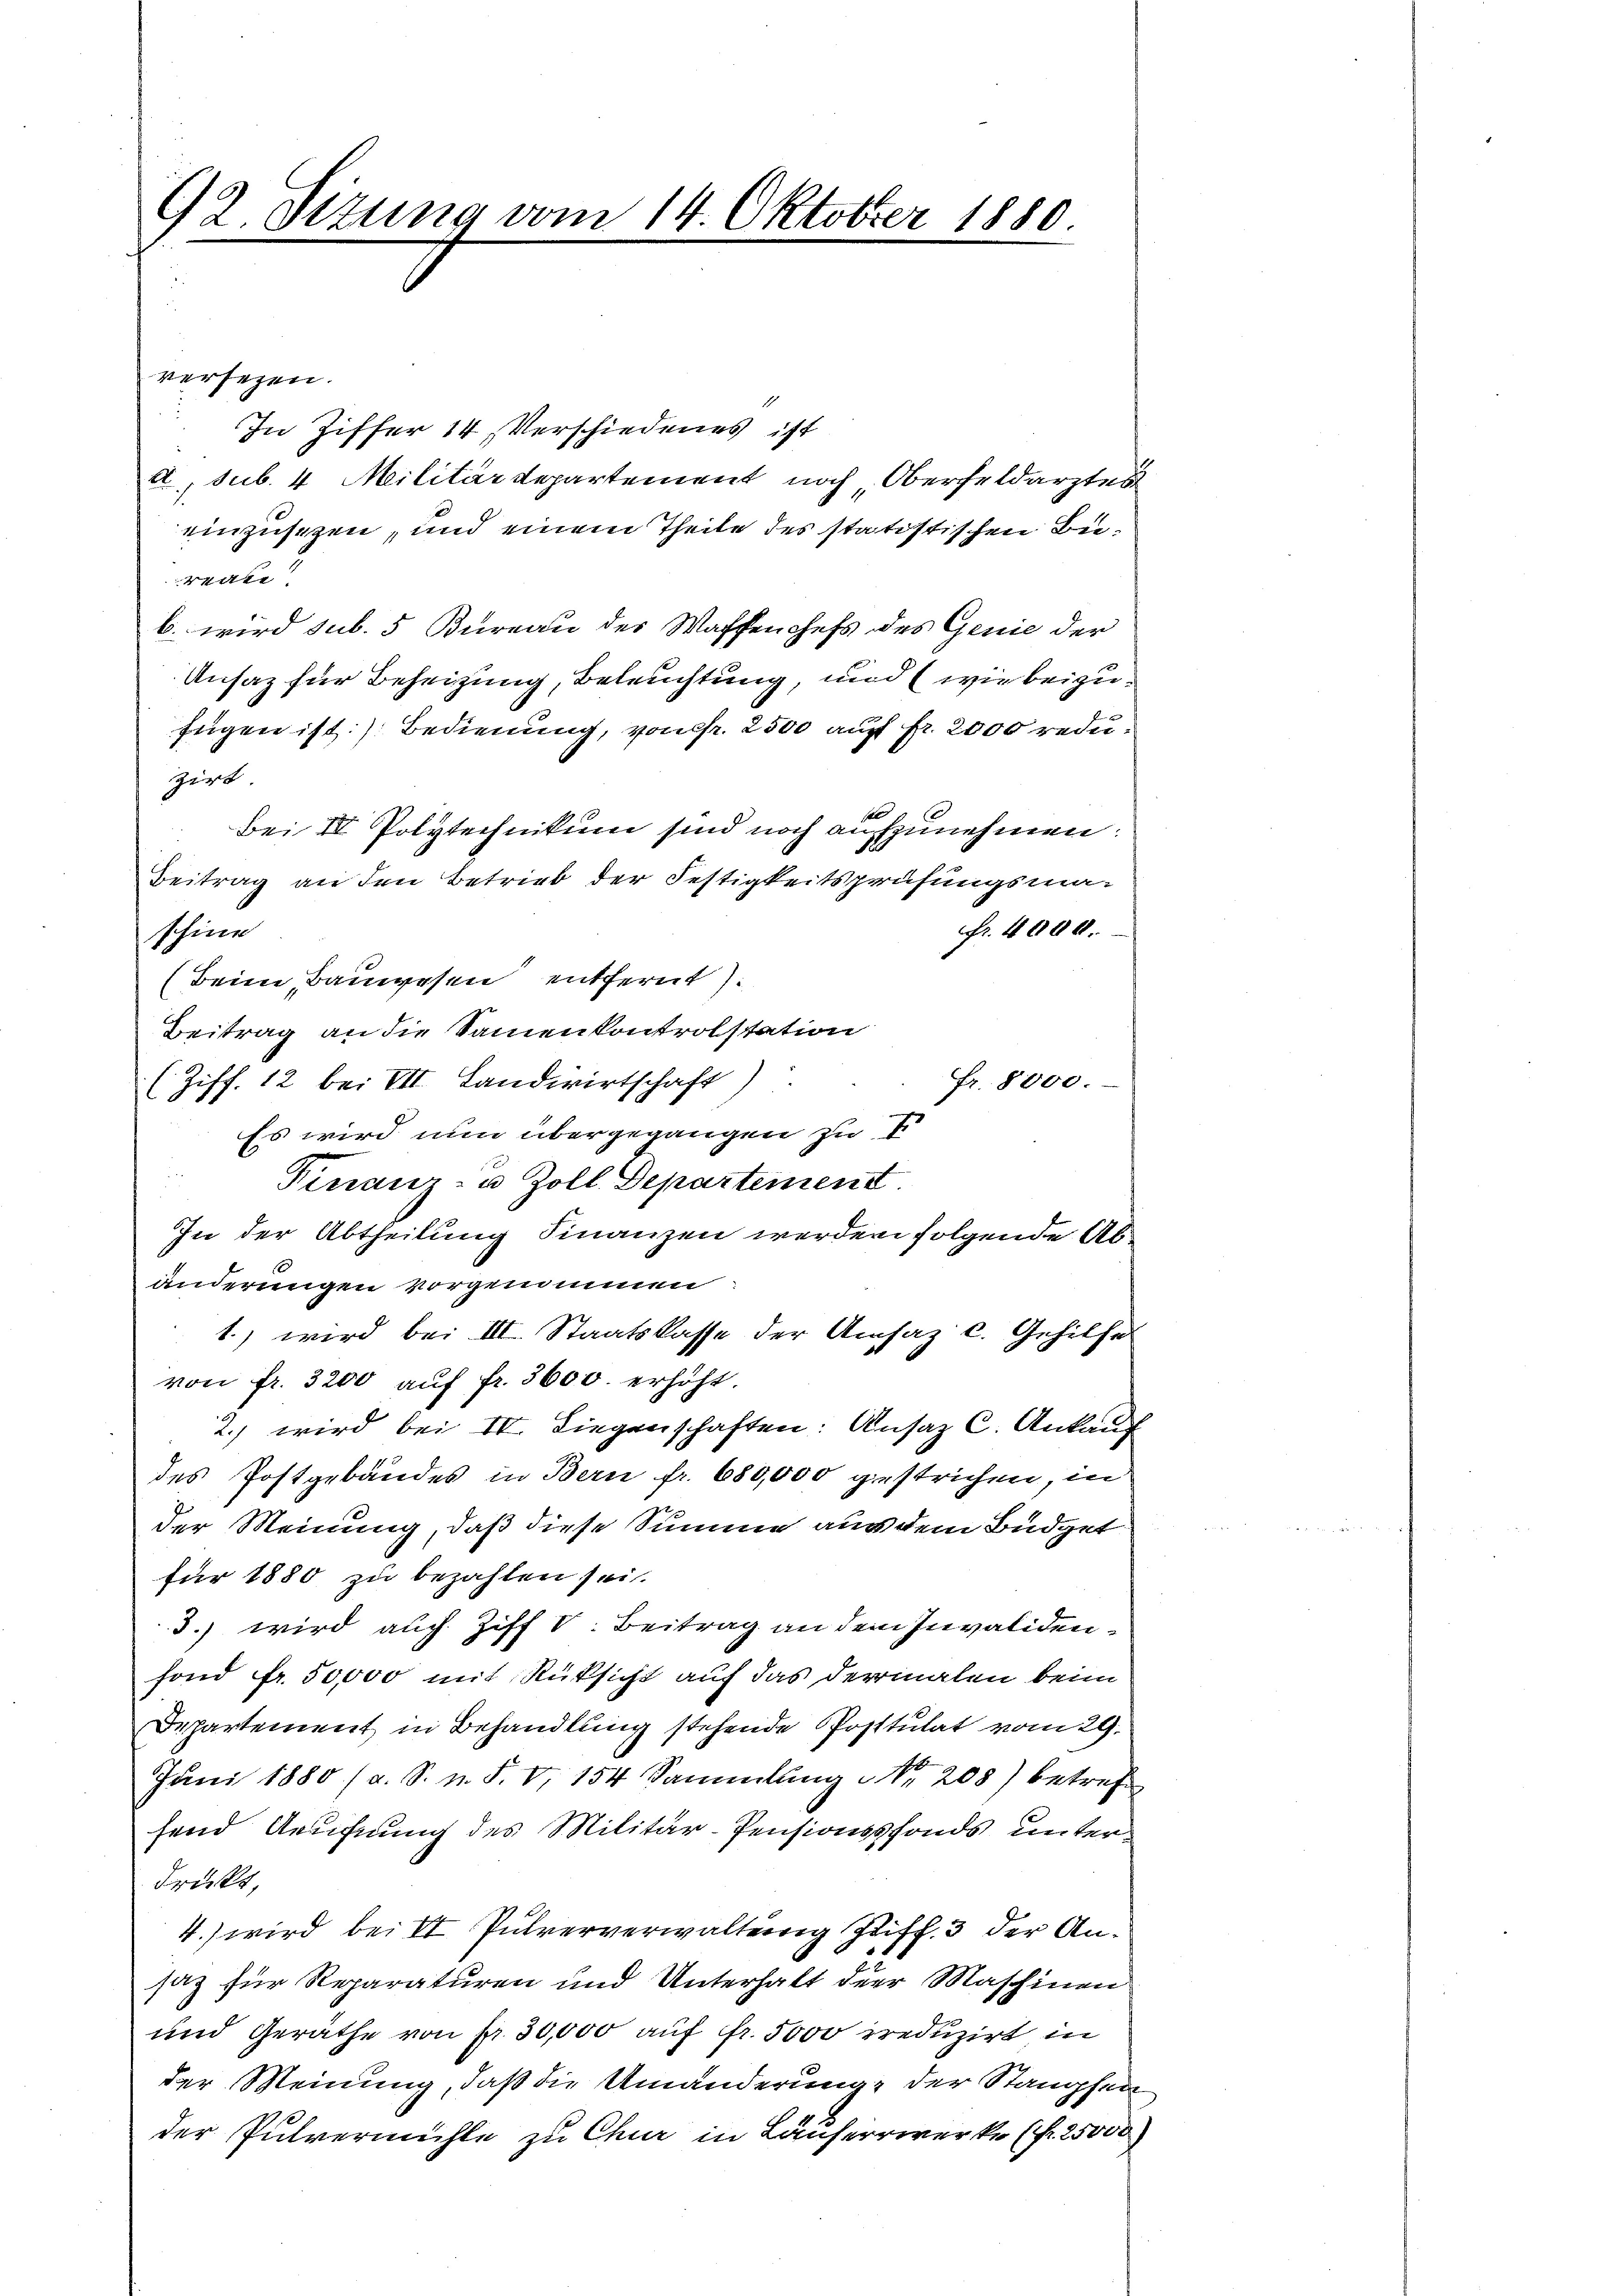
92 Sizung vom 14. Oktober 1880

versezen.
In Ziffer 14. Verschiedenes ist
, sub. 4 Militärdepartement noch Oberfeldarztes
einzusetzen, und einem Theile des statistischen Bü¬
Vate
b. wird sub. 5 Bureau des Waffenchefs des Genie der
Ansaz für Beheizung, Beleuchtung, und (wie beizufügen ist.) Bedienung, von fr. 2500 auf fr. 2000 reduzirt
Bei IV Polytechnikum sind noch aufzunehmen.
Beitrag an den Betrieb der Festigkeitsprüfungsma¬
Fr. 4000.
schine
(Beim Bauwesen entfernt.
Beitrag an die Samenkontrolstation
(Ziff. 12 bei VII Landwirtschaft)
Fr. 8000.
Es wird nun übergegangen zu E
Finanz- u. Zoll. Departement.
In der Abtheilung Finanzen werden folgende Abänderungen vorgenommen.
1.) wird bei III. Staatskasse der Amsaz c. Gehilfe
von fr. 3200 auf fr. 3600. erhöht.
2.) wird bei IV. Liegenschaften: Ansaz C. Ankauf
des Postgebäudes in Bern fr. 680,000 gestrichen, in
der Meinung, daß diese Summe aus dem Büdget
für 1880 zu bezahlen sei.
3.) wird auch Ziff V. Beitrag an dem Invalidenfond fr. 50,000 mit Rüksicht auf das dermalen beim
Departement in Behandlung stehende Postulat vom 29.
Juni 1880 (a. S. n. F. V, 154 Sammlung Nr. 208) betreff
send Aeufnung des Militär-Pensionssfonds unterdrükt,
4.) wird bei St Pulververwaltung Ziff. 3 der Ansatz für Reparaturen und Unterhalt der Maschinen
und Geräthe von fr. 30,000 auf Fr. 5000 ereduzirt in
der Meinung, daß die Umänderung der Stampfen
der Pulvermühle zu Chur in Läuferrwerke (fr. 25000